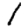
Digit: 1